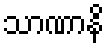
သာဏာနိ